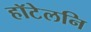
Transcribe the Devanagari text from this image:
हॉटेलनि